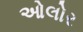
ઓલોર